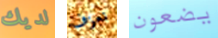
لديك نعزف يضعون